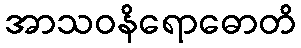
အာသဝနိရောဓောတိ